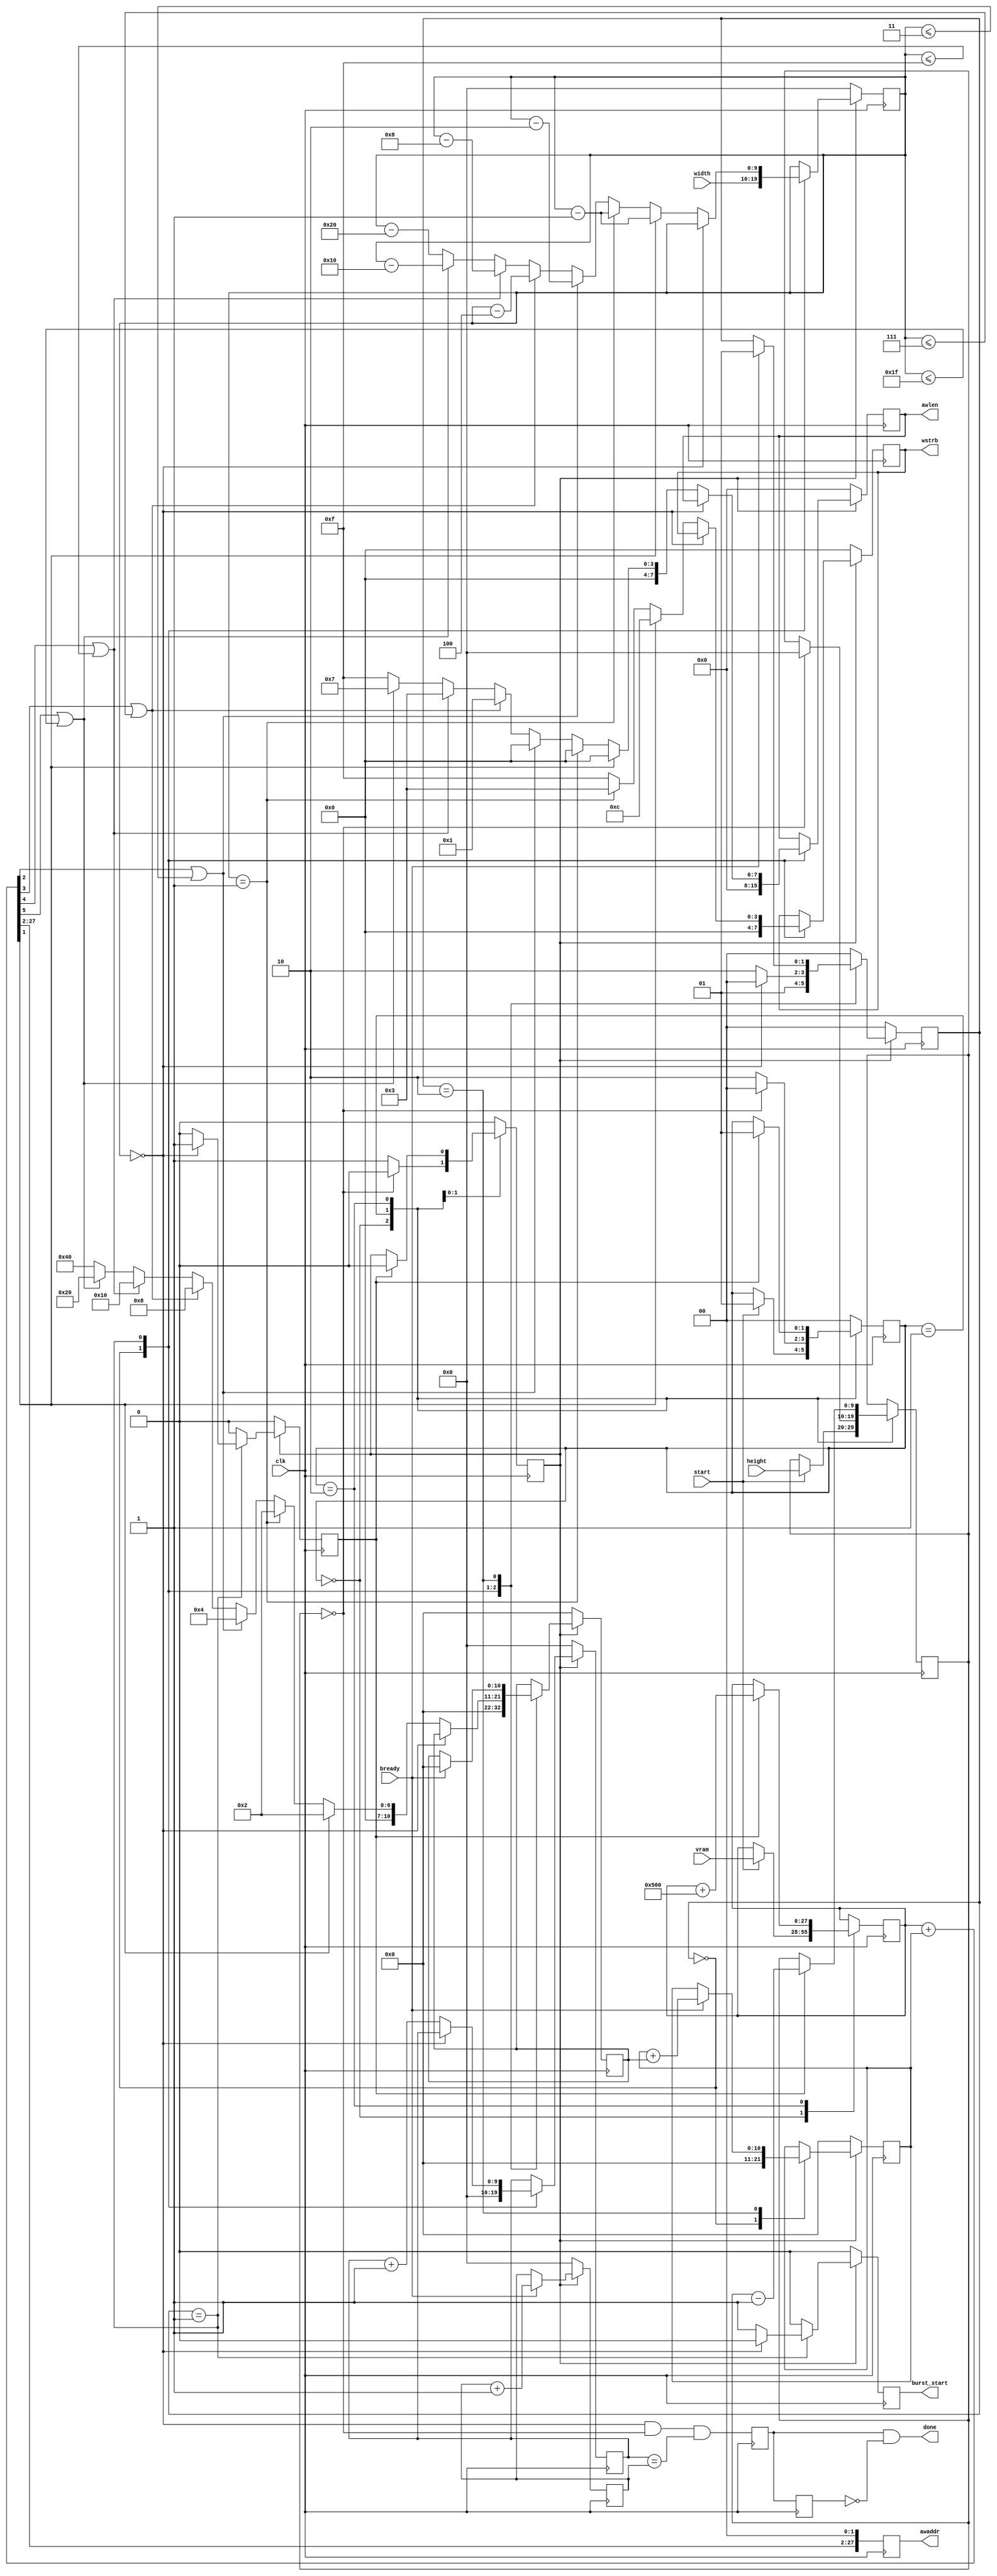
module fillbox_act (
	input wire [27:0] vram,
	input wire [9:0] width,
	input wire [9:0] height,
	input wire start,
	output wire done,

	// AXI4 stuff
	input wire clk,
	input wire bready,
	output reg [27:0] awaddr,
	output reg burst_start,
	output reg [7:0] awlen,
	output reg [3:0] wstrb
);

// X/Y axis state machine
parameter IDLE = 2'h0,
	START = 2'h1,
	WAIT = 2'h2;
localparam SCREEN_WIDTH = 28'd1280;

reg [27:0] vram_y = 0;
reg [10:0] offset = 0;
reg [10:0] delta = 0;
reg [9:0] width_work = 0;
reg [9:0] height_work = 0;
reg [9:0] expected_count = 0;
reg [9:0] real_count = 0;
reg [1:0] state_x = IDLE, state_y = IDLE;
reg	start_x = 0;
reg	end_x = 0;
reg	done_ff1 = 0;
reg	done_ff2 = 0;
wire [27:0] awaddr_tmp = vram_y + {17'b0, offset};
assign	done = done_ff1 && ~done_ff2;

// end of accelarator action
always @(posedge clk) begin
	done_ff2 <= done_ff1;
	done_ff1 <= (width_work == 10'd0 && height_work == 10'd0 && expected_count == real_count);
	awaddr <= {awaddr_tmp[27:2], 2'b0};
end

// real access count
always @(posedge clk) begin
  if (start_x == 'b0)
    real_count <= 10'd0;
  else if (bready)
    real_count <= real_count + 10'd1;
  else
    real_count <= real_count;
end

// Y axis action
always @(posedge clk) begin
  case (state_y)
    IDLE:
      begin
        if (start) begin
          state_y <= START;
          height_work <= height;
          vram_y <= vram;
        end
        else begin
          state_y <= state_y;
          height_work <= height_work;
          vram_y <= vram_y;
        end
        start_x <= 'b0;
      end
    START:
      begin
        if (height_work == 10'd0) begin
          state_y <= IDLE;
          height_work <= 10'd0;
          vram_y <= vram_y;
          start_x <= 'b0;
        end
        else begin
          state_y <= WAIT;
          height_work <= height_work;
          vram_y <= vram_y;
          start_x <= 'b1;
        end
      end
    WAIT:
      begin
        if (end_x) begin
          state_y <= START;
          height_work <= height_work - 10'd1;
          vram_y <= vram_y + SCREEN_WIDTH;
          start_x <= 'b0;
        end
        else begin
          state_y <= state_y;
          height_work <= height_work;
          vram_y <= vram_y;
          start_x <= start_x;
        end
      end
    default:
      begin
        state_y <= IDLE;
        height_work <= height_work;
        vram_y <= vram_y;
        start_x <= 'b0;
      end
  endcase
end

// X axis action
always @(posedge clk) begin
  if (start_x == 'b0) begin
    end_x <= 'b0;
    expected_count = 10'd0;
    width_work <= 10'd0;
    offset <= 11'd0;
    delta <= 11'd0;
    burst_start <= 'b0;
    awlen <= 8'd0;
    wstrb <= 4'b0000;
    state_x <= IDLE;
  end
  else begin
    case (state_x)
      IDLE:
        begin
          end_x <= 'b0;
          expected_count <= 10'd0;
          width_work <= width;
          offset <= 11'd0;
          delta <= 11'd0;
          burst_start <= 'b0;
          awlen <= 8'd0;
          wstrb <= 4'b0000;
          state_x <= START;
        end
      START:
        begin
          if (width_work == 10'd0) begin
            end_x <= 'b1;
            expected_count <= expected_count;
            width_work <= width_work;
            offset <= offset;
            delta <= delta;
            burst_start <= 'b0;
            awlen <= awlen;
            wstrb <= wstrb;
            state_x <= IDLE;
          end
          else begin
            if (awaddr_tmp[1]) begin
              // address not divisable by 4
              // width_work greater than 0
              width_work <= width_work - 10'd1;
              delta <= 11'd2;
              wstrb <= 4'b1100;
              awlen <= 8'd0;
            end
            else if (width_work == 10'd1) begin
              // address divisable by 4
              // width_work equal to 1
              width_work <= width_work - 10'd1;
              delta <= 11'd2;
              wstrb <= 4'b0011;
              awlen <= 8'd0;
            end
            else if (awaddr_tmp[2] || width_work <= 10'd3) begin
              // address not divisable by 8
              // width_work greater than 1, less than 4
              width_work <= width_work - 10'd2;
              delta <= 11'd4;
              wstrb <= 4'b1111;
              awlen <= 8'd0;
            end
            else if (awaddr_tmp[3] || width_work <= 10'd7) begin
              // address not divisable by 16
              // width_work greater than 3, less than 8
              width_work <= width_work - 10'd4;
              delta <= 11'd8;
              wstrb <= 4'b1111;
              awlen <= 8'd1;
            end
            else if (awaddr_tmp[4] || width_work <= 10'd15) begin
              // address not divisable by 32
              // width_work greater than 7, less than 16
              width_work <= width_work - 10'd8;
              delta <= 11'd16;
              wstrb <= 4'b1111;
              awlen <= 8'd3;
            end
            else if (awaddr_tmp[5] || width_work <= 10'd31) begin
              // address not divisable by 64
              // width_work greater thean 15, less than 32
              width_work <= width_work - 10'd16;
              delta <= 11'd32;
              wstrb <= 4'b1111;
              awlen <= 8'd7;
            end
            else begin
              // address divisable by 64
              // width_work greater than 31
              width_work <= width_work - 10'd32;
              delta <= 11'd64;
              wstrb <= 4'b1111;
              awlen <= 8'd15;
            end
            end_x <= 'b0;
            expected_count <= expected_count + 10'd1;
            offset <= offset;
            burst_start <= 'b1;
            state_x <= WAIT;
          end
        end
      WAIT:
        begin
          if (bready) begin
            offset <= offset + delta;
            delta <= 11'd0;
            state_x <= START;
          end
          else begin
            offset <= offset;
            delta <= delta;
            state_x <= state_x;
          end
          awlen <= awlen;
          wstrb <= wstrb;
          burst_start <= 'b0;
          end_x <= 'b0;
          expected_count <= expected_count;
          width_work <= width_work;
        end
      default:
        begin
          end_x <= 'b0;
          expected_count <= expected_count;
          width_work <= width_work;
          offset <= offset;
          delta <= delta;
          burst_start <= 'b0;
          awlen <= awlen;
          wstrb <= wstrb;
          state_x <= IDLE;
        end
    endcase
  end
end

endmodule